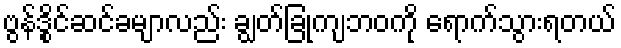
ဗွန်ဒွိုင်ဆင်ခမျာလည်း ချွတ်ခြုံကျဘဝကို ရောက်သွားရတယ်